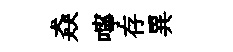
猋嚀存異